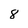
Character: 8